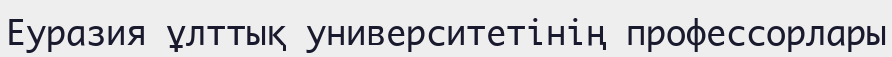
Еуразия ұлттық университетінің профессорлары